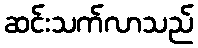
ဆင်းသက်လာသည်